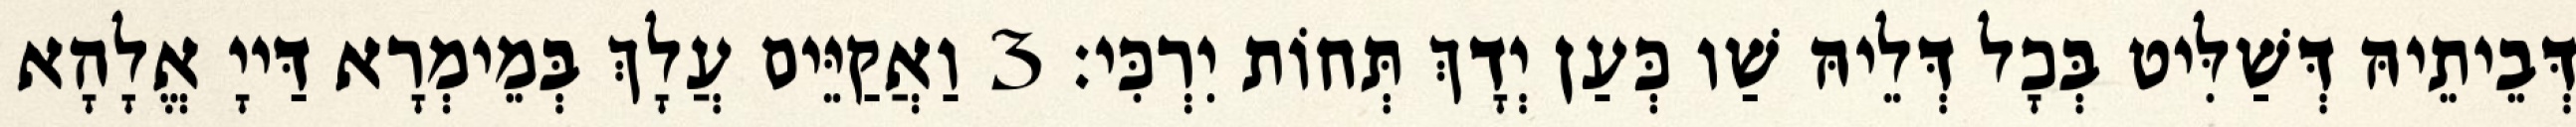
דְּבֵיתֵיהּ דְּשַׁלִּיט בְּכָל דְּלֵיהּ שַׁו כְּעַן יְדָךְ תְּחוֹת יִרְכִּי׃ 3 וַאֲקַיֵּים עֲלָךְ בְּמֵימְרָא דַּייָ אֱלָהָא